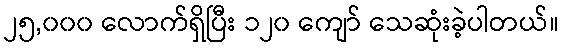
၂၅,၀၀၀ လောက်ရှိပြီး ၁၂၀ ကျော် သေဆုံးခဲ့ပါတယ်။